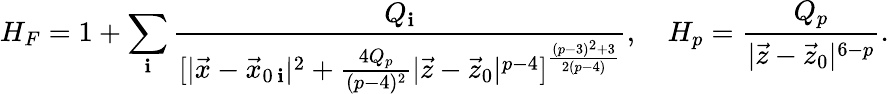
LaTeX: H_{F}=1+\sum_{\mathbf{i}}{\frac{{Q_{\mathbf{i}}}}{{[|\vec{{x}}-\vec{{x}}_{0\, \mathbf{i}}|^{2}+{\frac{{4Q_{p}}}{{(p-4)^{2}}}}|\vec{{z}}-\vec{{z}}_{0}|^{p-4}]^{\frac{{(p-3)^{2}+3}}{{2(p-4)}}}}}},\ \ \ \ H_{p}={\frac{{Q_{p}}}{{|\vec{{z}}-\vec{{z}}_{0}|^{6-p}}}}.